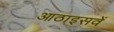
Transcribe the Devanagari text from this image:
आठाइसवें